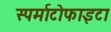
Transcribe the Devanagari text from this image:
स्पर्माटोफाइटा